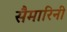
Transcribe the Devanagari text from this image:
सैमारिनी